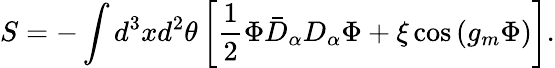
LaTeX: S=-\int d^{3}xd^{2}\theta\left[\frac 12\Phi\bar{D}_{\alpha}D_{\alpha}\Phi+\xi\cos\left(g_{m}\Phi\right)\right].